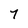
Character: 7